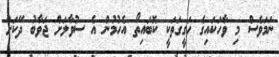
ނަމަވެސް މި ވާހަކައިގެ ހަގީގަތަކީ ކޮބައިތޯ އެހުމުން އެ ސުވާލަށް ޖަވާބު ދޭކަށް